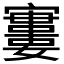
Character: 𡫤